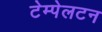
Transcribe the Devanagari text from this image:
टेम्पेलटन